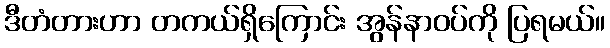
ဒီတံတားဟာ တကယ်ရှိကြောင်း အွန်နာဝပ်ကို ပြရမယ်။